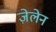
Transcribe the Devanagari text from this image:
ज़ेलेन